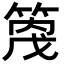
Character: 𥰓